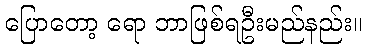
ပြောတော့ ရော ဘာဖြစ်ရဦးမည်နည်း။